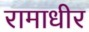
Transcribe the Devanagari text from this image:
रामाधीर